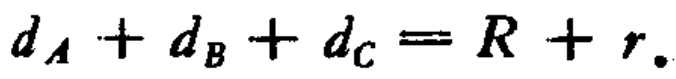
\(d_A + d_B + d_C = R + r.\)